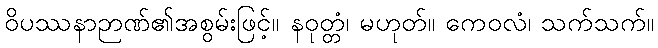
ဝိပဿနာဉာဏ်၏အစွမ်းဖြင့်။ နဝုတ္တံ၊ မဟုတ်။ ကေဝလံ၊ သက်သက်။